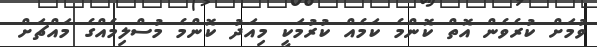
ވުމަށް ކުރެވެން އޮތް ކޮންމެ ކަމެއް ކުުރުމަކީ މިއަދު ކޮންމެ މުސްލިމެއްގެ މައްޗަށް